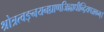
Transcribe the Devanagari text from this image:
श्रोत्रत्वङ्नयनघ्राणजिह्वाधीन्द्रियपञ्चकम्।